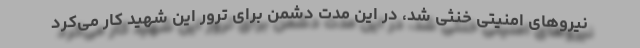
نیروهای امنیتی خنثی شد، در این مدت دشمن برای ترور این شهید کار می‌کرد